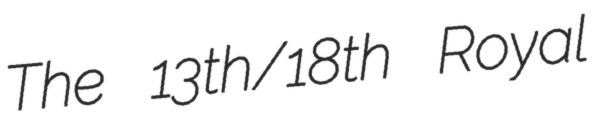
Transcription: The 13th/18th Royal